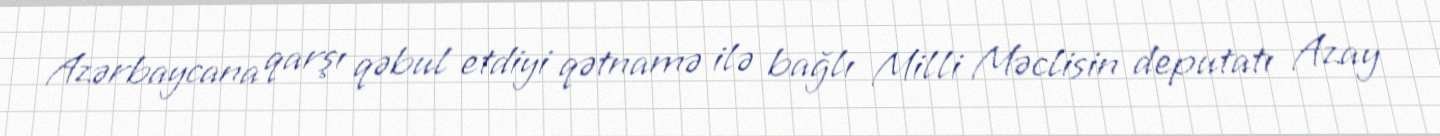
Azərbaycana qarşı qəbul etdiyi qətnamə ilə bağlı Milli Məclisin deputatı Azay